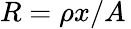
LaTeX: R=\rho x/A\,